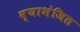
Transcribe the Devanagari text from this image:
व्याभंजित